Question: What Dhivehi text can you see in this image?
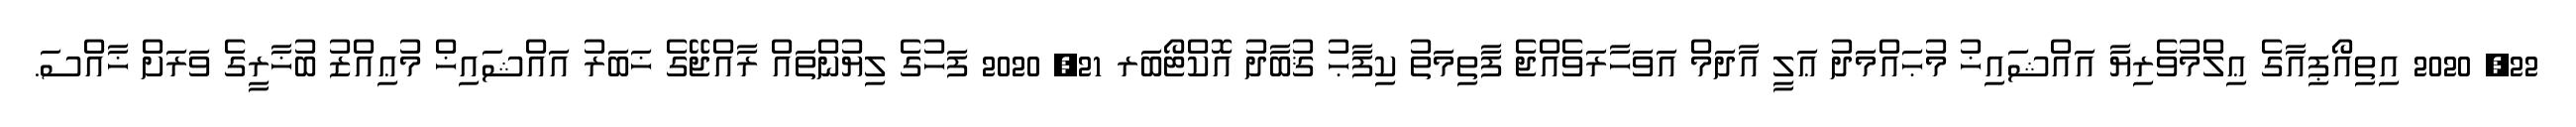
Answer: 22, 2020 އިތިއޯޕިއާގެ ޢިލްމުވެރިޔާ އައްޝައިޚު މުޙައްމަދު ޢަލީ އާދަމް އަވަހާރަވެއްޖެ ފާތިމަތު ކިފާޙު ޤުބާދު އޮކްޓޯބަރ 21, 2020 ފަހުގެ ލިޔުންތައް ރާއްޖޭގެ ޚަބަރު އައްޝައިޚް މުޢިއްޒު ބުޚާރީގެ ވަރަށް ޚާއްސަ.